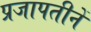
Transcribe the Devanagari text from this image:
प्रजापतीनें